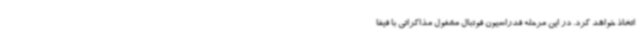
اتخاذ خواهد کرد. در این مرحله فدراسیون فوتبال مشغول مذاکراتی با فیفا